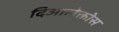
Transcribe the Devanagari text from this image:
दिआलेक्तोस